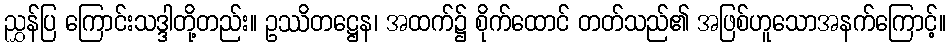
ညွှန်ပြ ကြောင်းသဒ္ဒါတို့တည်း။ ဥဿိတဋ္ဌေန၊ အထက်၌ စိုက်ထောင် တတ်သည်၏ အဖြစ်ဟူသောအနက်ကြောင့်။